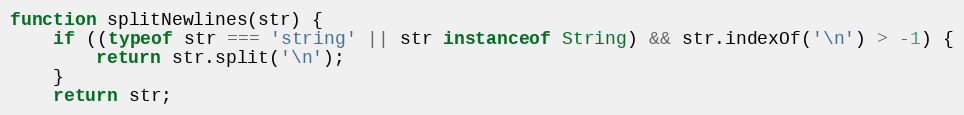
Language: JavaScript
function splitNewlines(str) {
	if ((typeof str === 'string' || str instanceof String) && str.indexOf('\n') > -1) {
		return str.split('\n');
	}
	return str;